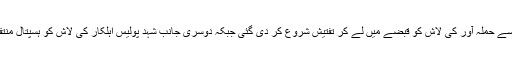
پولیس کی جانب سے حملہ آور کی لاش کو قبضے میں لے کر تفتیش شروع کر دی گئی جبکہ دوسری جانب شہد پولیس اہلکار کی لاش کو ہسپتال منتقل کر دیا گیا ہے۔